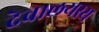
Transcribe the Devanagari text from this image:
देवालयस्य